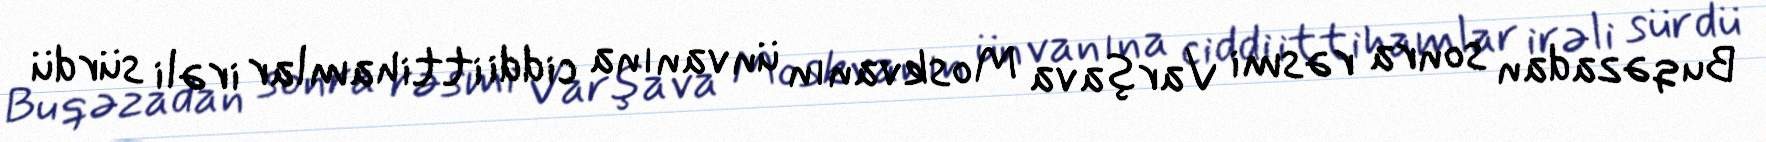
Bu qəzadan sonra rəsmi Varşava Moskvanın ünvanına ciddi ittihamlar irəli sürdü